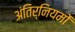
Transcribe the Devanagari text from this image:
अंतिर्नियमों